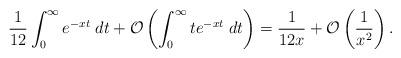
LaTeX: \begin{align*}\frac{1}{12}\int_0^\infty e^{-xt}\;dt + \mathcal{O}\left(\int_0^\infty te^{-xt}\;dt\right) = \frac{1}{12 x} + \mathcal{O}\left(\frac{1}{x^2}\right).\end{align*}